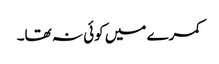
کمرے میں کوئی نہ تھا۔